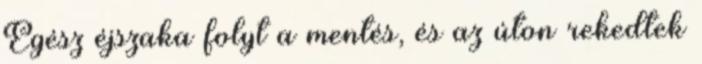
Egész éjszaka folyt a mentés, és az úton rekedtek